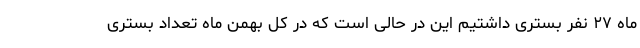
ماه ۲۷ نفر بستری داشتیم این در حالی است که در کل بهمن ماه تعداد بستری